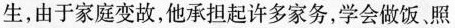
生，由于家庭变故，他承担起许多家务，学会做饭照